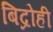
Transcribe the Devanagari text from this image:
बिद्रोही